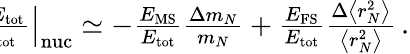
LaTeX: \begin{array}{r}{\! \! \! \! \! \! \! \left.\frac{\Delta E_{\mathrm{tot}}}{E_{\mathrm{tot}}}\right|_{\mathrm{nuc}}\simeq-\frac{E_{\mathrm{MS}}}{E_{\mathrm{tot}}}\frac{\Delta m_{N}}{m_{N}}+\frac{E_{\mathrm{FS}}}{E_{\mathrm{tot}}}\frac{\Delta\left<r_{N}^{2}\right>}{\left<r_{N}^{2}\right>}\, .}\end{array}